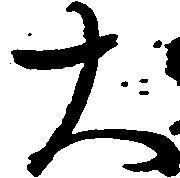
大